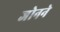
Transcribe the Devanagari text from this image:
जोनने